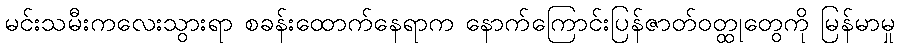
မင်းသမီးကလေးသွားရာ စခန်းထောက်နေရာက နောက်ကြောင်းပြန်ဇာတ်ဝတ္ထုတွေကို မြန်မာမှု